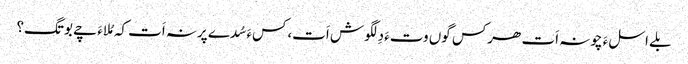
بلے اسلءَ چونہ اَت ھرکس گوں وتءَ دِلگوش اَت،کسءَ سُدے پرنہ اَت کہ مُلاءَ چے بوتگ؟